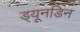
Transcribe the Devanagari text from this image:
ड्यूनडिन